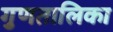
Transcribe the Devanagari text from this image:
गुणतालिका